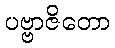
ပဗ္ဗာဇိတော